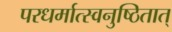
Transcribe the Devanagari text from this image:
परधर्मात्स्वनुष्ठितात्